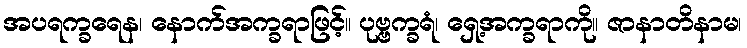
အပရက္ခရေန၊ နောက်အက္ခရာဖြင့်။ ပုဗ္ဗက္ခရံ၊ ရှေ့အက္ခရာကို။ ဇာနာတိနာမ၊